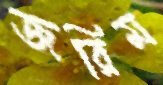
জরিম